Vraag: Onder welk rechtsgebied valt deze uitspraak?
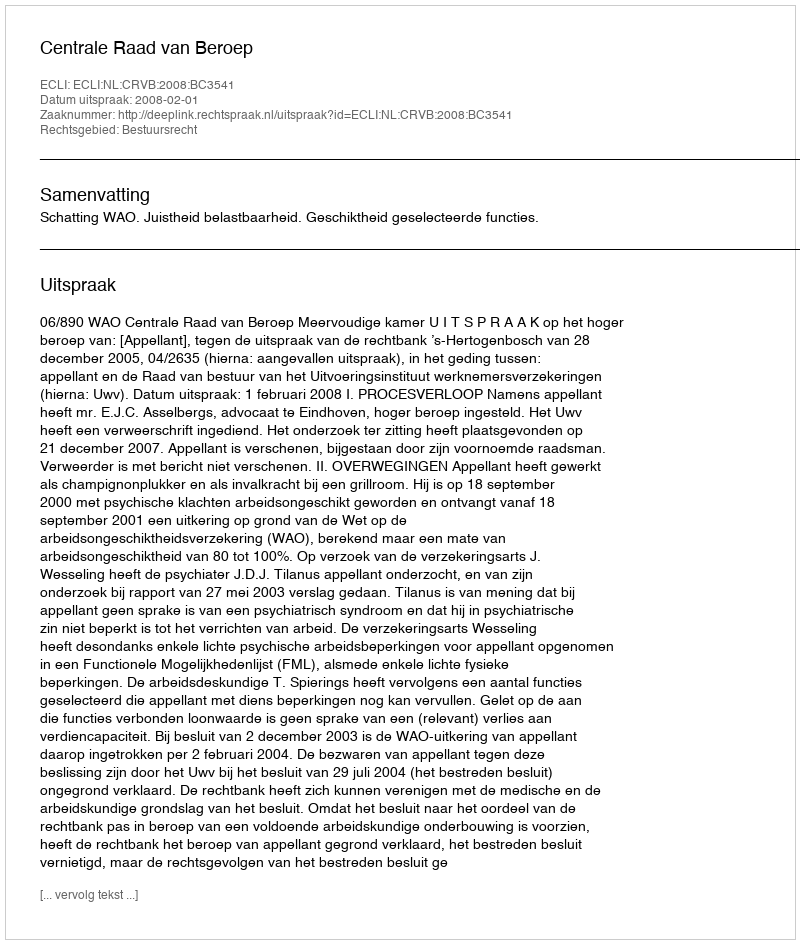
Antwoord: Bestuursrecht